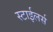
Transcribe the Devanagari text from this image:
स्टाईलर्स